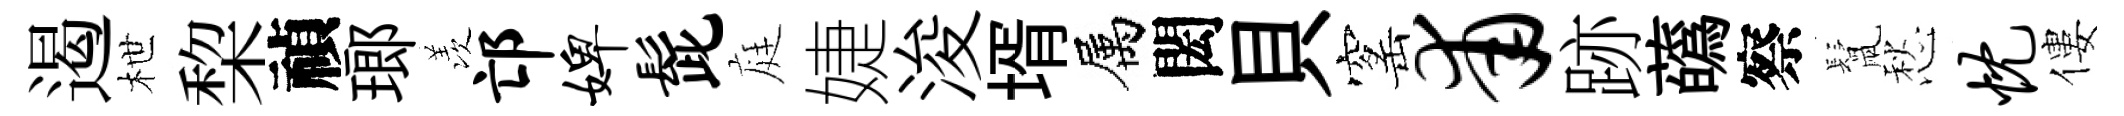
遏枻棃禎瑯羡邙婢髭庭婕浚壻属閎貝窰甫跡蘤察鬛愁忱僂